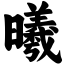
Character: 曦